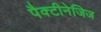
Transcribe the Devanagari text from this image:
पैक्टीनेजिज